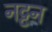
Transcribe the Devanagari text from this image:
नट्टन